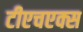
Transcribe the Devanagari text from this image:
टीएचएक्स